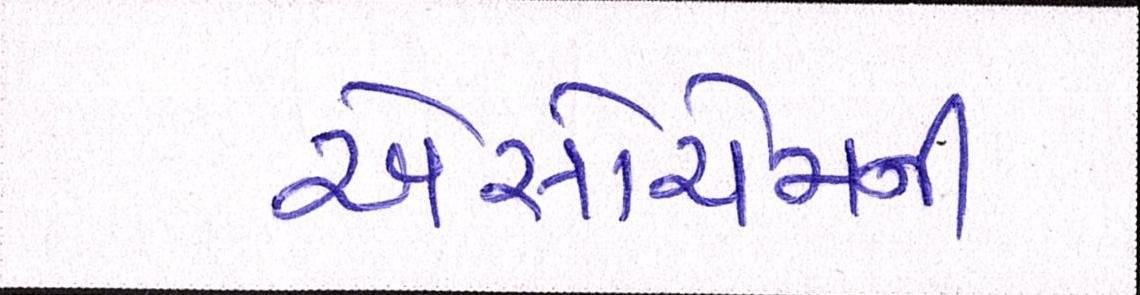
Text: એસોચેમની